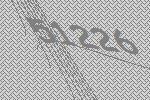
51226